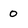
Character: 0